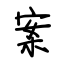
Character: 案